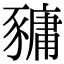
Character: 𧱿